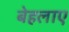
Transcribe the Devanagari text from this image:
बेहलाए